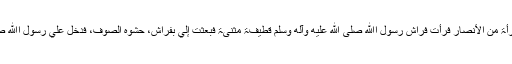
عَنْ عَائِشَۃَ رضي اﷲ عنہا قَالَتْ : دَخَلَتْ عَلَيَّ امْرَأَۃٌ مِنَ الأَنْصَارِ فَرَأَتْ فِرَاشَ رَسُوْلِ اﷲِ صلى الله عليه وآله وسلم قَطِیْفَۃً مَثْنِیَۃً فَبَعَثَتْ إِلَيَّ بِفَرَاشٍ، حَشْوُہُ الصُّوْفُ، فَدَخَلَ عَلَيَّ رَسُوْلُ اﷲِ صلى الله عليه وآله وسلم ، فَقَالَ : مَا ھٰذَا یَا عَائِشَۃُ؟